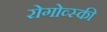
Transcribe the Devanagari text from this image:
रोगोव्स्की